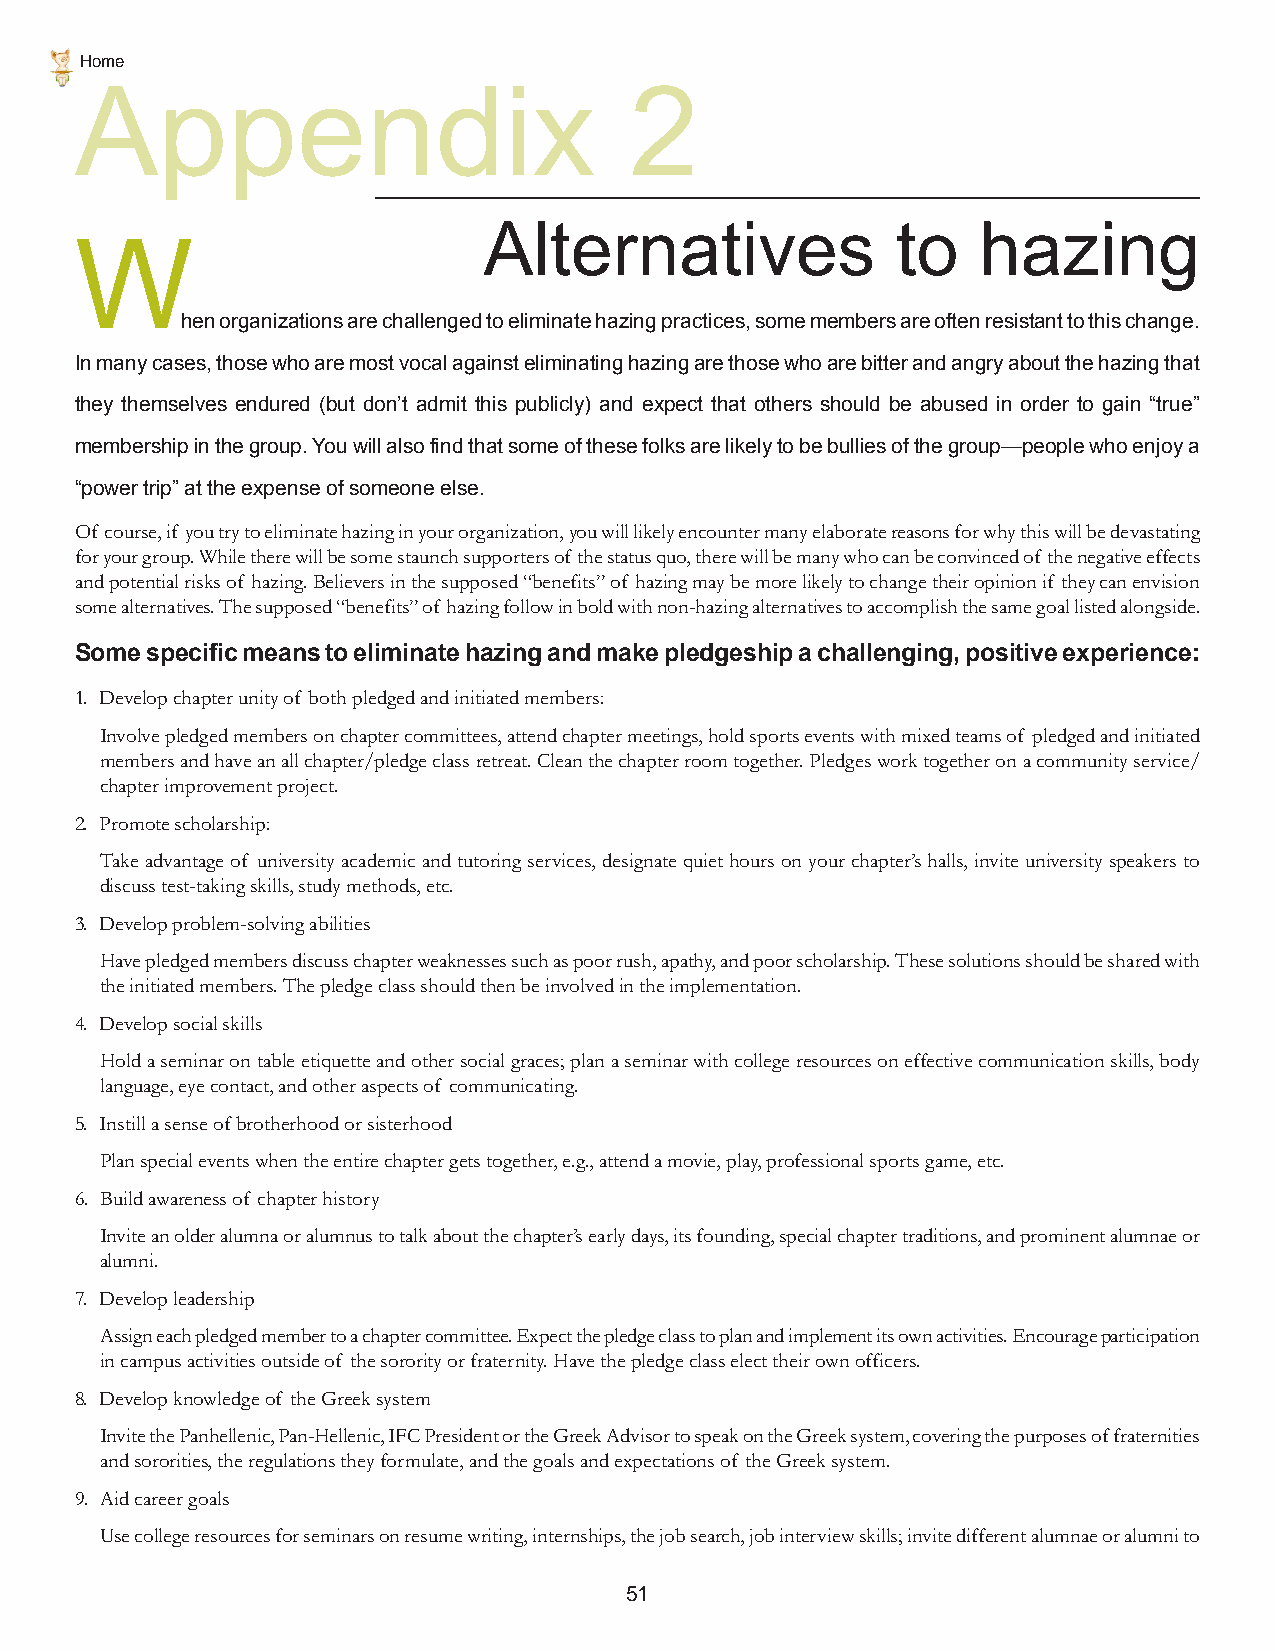
Home
 Appendix                             2
 Alternatives               to    hazing
 W
 hen organizations are challenged to eliminate hazing practices, some members are often resistant to this change.
 In many cases, those who are most vocal against eliminating hazing are those who are bitter and angry about the hazing that
 they themselves endured (but don’t admit this publicly) and expect that others should be abused in order to gain “true”
 membership in the group. You will also find that some of these folks are likely to be bullies of the group—people who enjoy a
 “power trip” at the expense of someone else.
 Of course, if you try to eliminate hazing in your organization, you will likely encounter many elaborate reasons for why this will be devastating
 for your group. While there will be some staunch supporters of the status quo, there will be many who can be convinced of the negative effects
 and potential risks of hazing. Believers in the supposed “benefits” of hazing may be more likely to change their opinion if they can envision
 some alternatives. The supposed “benefits” of hazing follow in bold with non-hazing alternatives to accomplish the same goal listed alongside.
 Some specific means to eliminate hazing and make pledgeship a challenging, positive experience:
 1. Develop chapter unity of both pledged and initiated members:
 Involve pledged members on chapter committees, attend chapter meetings, hold sports events with mixed teams of pledged and initiated
 members and have an all chapter/pledge class retreat. Clean the chapter room together. Pledges work together on a community service/
 chapter improvement project.
 2. Promote scholarship:
 Take advantage of university academic and tutoring services, designate quiet hours on your chapter’s halls, invite university speakers to
 discuss test-taking skills, study methods, etc.
 3. Develop problem-solving abilities
 Have pledged members discuss chapter weaknesses such as poor rush, apathy, and poor scholarship. These solutions should be shared with
 the initiated members. The pledge class should then be involved in the implementation.
 4. Develop social skills
 Hold a seminar on table etiquette and other social graces; plan a seminar with college resources on effective communication skills, body
 language, eye contact, and other aspects of communicating.
 5. Instill a sense of brotherhood or sisterhood
 Plan special events when the entire chapter gets together, e.g., attend a movie, play, professional sports game, etc.
 6. Build awareness of chapter history
 Invite an older alumna or alumnus to talk about the chapter’s early days, its founding, special chapter traditions, and prominent alumnae or
 alumni.
 7. Develop leadership
 Assign each pledged member to a chapter committee. Expect the pledge class to plan and implement its own activities. Encourage participation
 in campus activities outside of the sorority or fraternity. Have the pledge class elect their own officers.
 8. Develop knowledge of the Greek system
 Invite the Panhellenic, Pan-Hellenic, IFC President or the Greek Advisor to speak on the Greek system, covering the purposes of fraternities
 and sororities, the regulations they formulate, and the goals and expectations of the Greek system.
 9. Aid career goals
 Use college resources for seminars on resume writing, internships, the job search, job interview skills; invite different alumnae or alumni to
 51